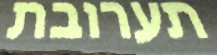
תערובת